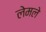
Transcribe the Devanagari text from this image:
लेमले